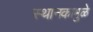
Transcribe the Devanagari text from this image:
स्थानकामुळे